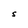
Character: S